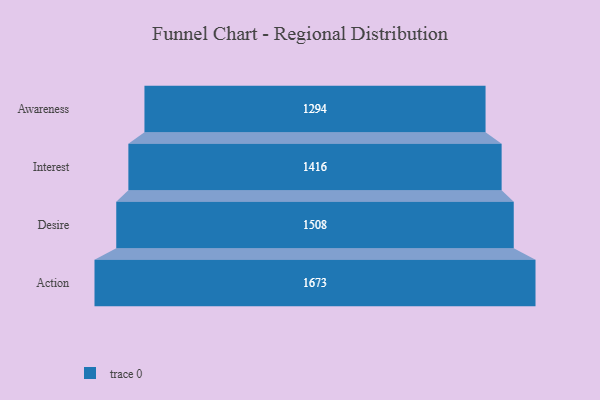
{"axis": {"x": "Stage", "y": "Value"}, "legend": [""], "data": [{"x": "Awareness", "y": 1294.0, "type": ""}, {"x": "Interest", "y": 1416.0, "type": ""}, {"x": "Desire", "y": 1508.0, "type": ""}, {"x": "Action", "y": 1673.0, "type": ""}]}